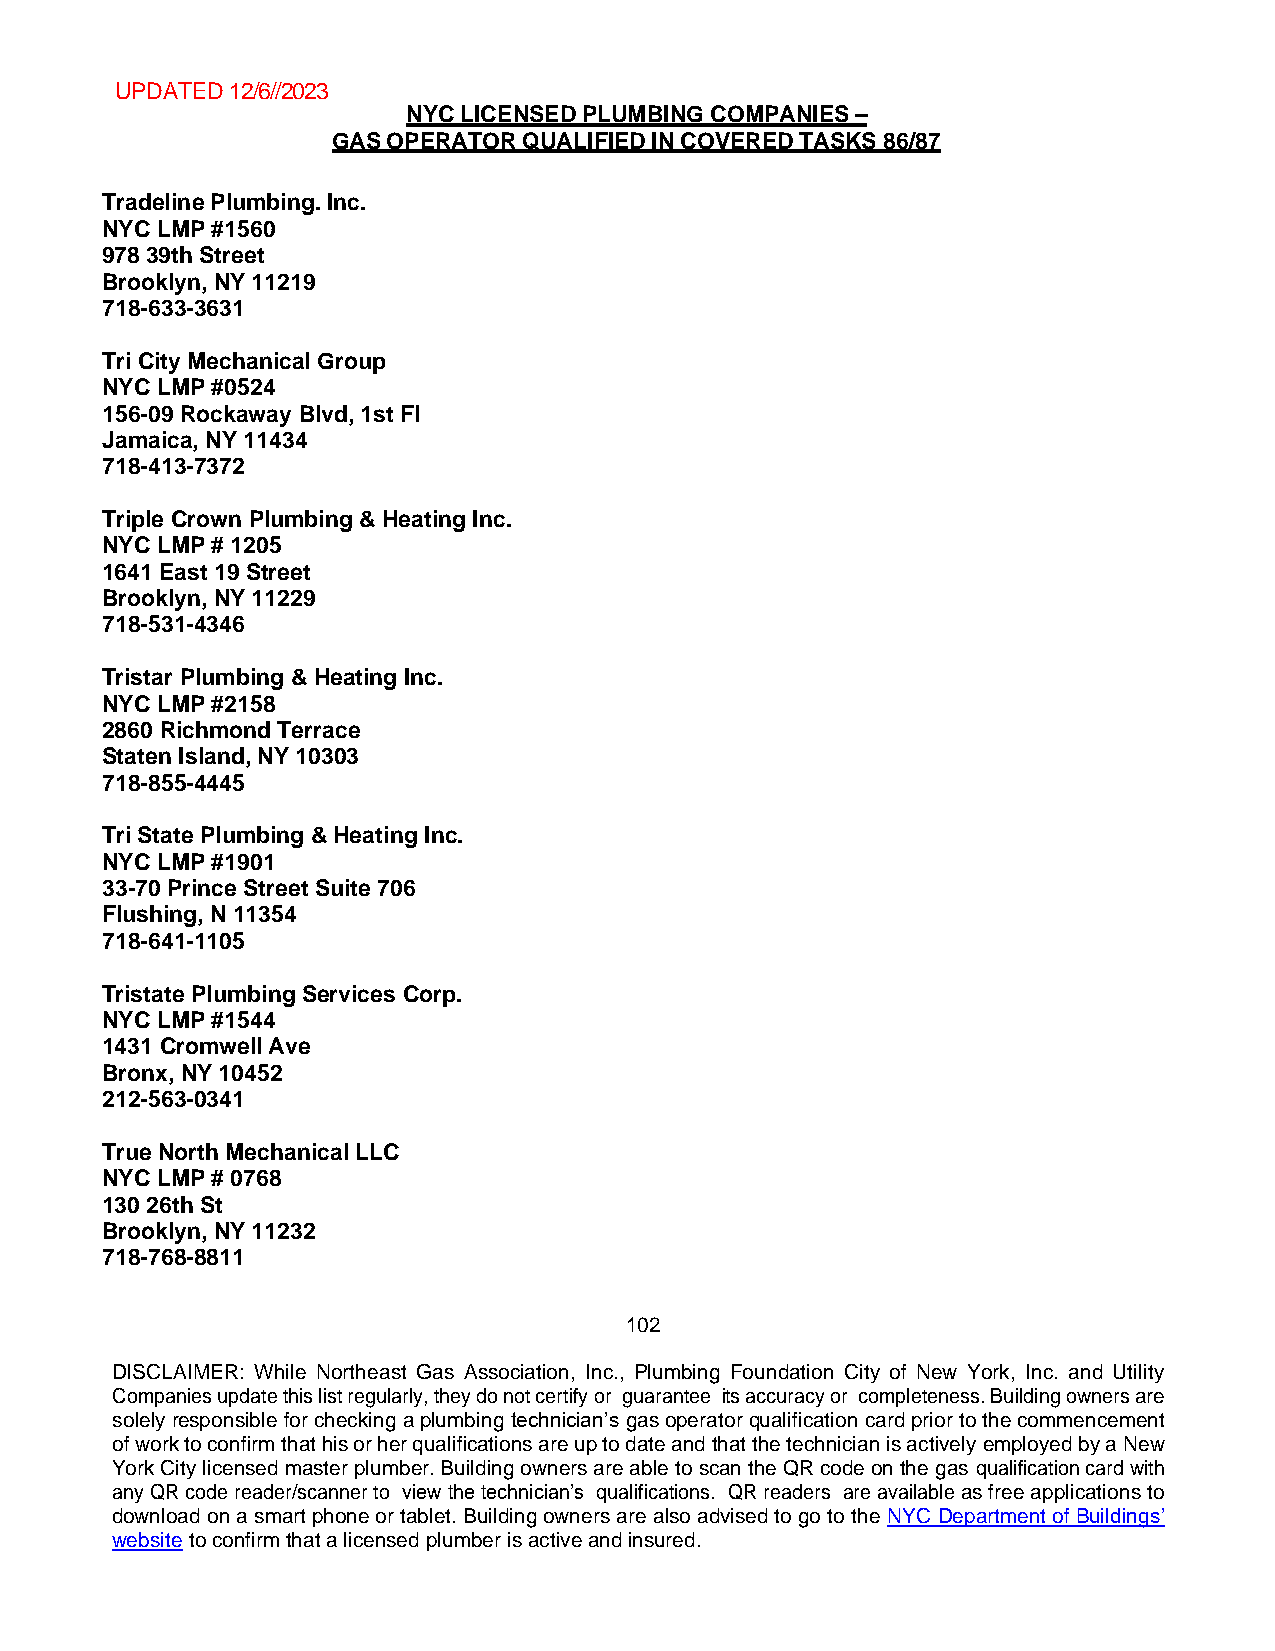
UPDATED 12/6//2023
 NYC LICENSED PLUMBING COMPANIES –
 GAS OPERATOR QUALIFIED IN COVERED TASKS 86/87
 Tradeline Plumbing. Inc.
 NYC LMP #1560
 978 39th Street
 Brooklyn, NY 11219
 718-633-3631
 Tri City Mechanical Group
 NYC LMP #0524
 156-09 Rockaway Blvd, 1st Fl
 Jamaica, NY 11434
 718-413-7372
 Triple Crown Plumbing & Heating Inc.
 NYC LMP # 1205
 1641 East 19 Street
 Brooklyn, NY 11229
 718-531-4346
 Tristar Plumbing & Heating Inc.
 NYC LMP #2158
 2860 Richmond Terrace
 Staten Island, NY 10303
 718-855-4445
 Tri State Plumbing & Heating Inc.
 NYC LMP #1901
 33-70 Prince Street Suite 706
 Flushing, N 11354
 718-641-1105
 Tristate Plumbing Services Corp.
 NYC LMP #1544
 1431 Cromwell Ave
 Bronx, NY 10452
 212-563-0341
 True North Mechanical LLC
 NYC LMP # 0768
 130 26th St
 Brooklyn, NY 11232
 718-768-8811
 102
 DISCLAIMER: While Northeast Gas Association, Inc., Plumbing Foundation City of New York, Inc. and Utility
 Companies update this list regularly, they do not certify or guarantee its accuracy or completeness. Building owners are
 solely responsible for checking a plumbing technician’s gas operator qualification card prior to the commencement
 of work to confirm that his or her qualifications are up to date and that the technician is actively employed by a New
 York City licensed master plumber. Building owners are able to scan the QR code on the gas qualification card with
 any QR code reader/scanner to view the technician’s qualifications. QR readers are available as free applications to
 download on a smart phone or tablet. Building owners are also advised to go to the NYC Department of Buildings’
 website to confirm that a licensed plumber is active and insured.